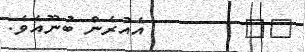
٦٢        އެއުރެން ބުނޫއެވެ.